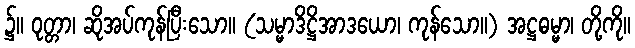
၌။ ဝုတ္တာ၊ ဆိုအပ်ကုန်ပြီးသော။ (သမ္မာဒိဋ္ဌိအာဒယော၊ ကုန်သော။) အဋ္ဌဓမ္မာ၊ တို့ကို။